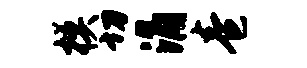
模切涌卷